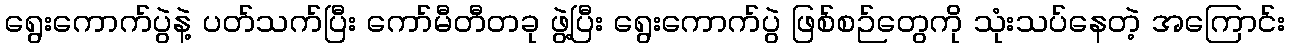
ရွေးကောက်ပွဲနဲ့ ပတ်သက်ပြီး ကော်မီတီတခု ဖွဲ့ပြီး ရွေးကောက်ပွဲ ဖြစ်စဉ်တွေကို သုံးသပ်နေတဲ့ အကြောင်း